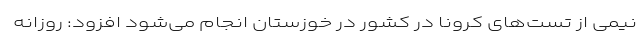
نیمی از تست‌های کرونا در کشور در خوزستان انجام می‌شود افزود: روزانه